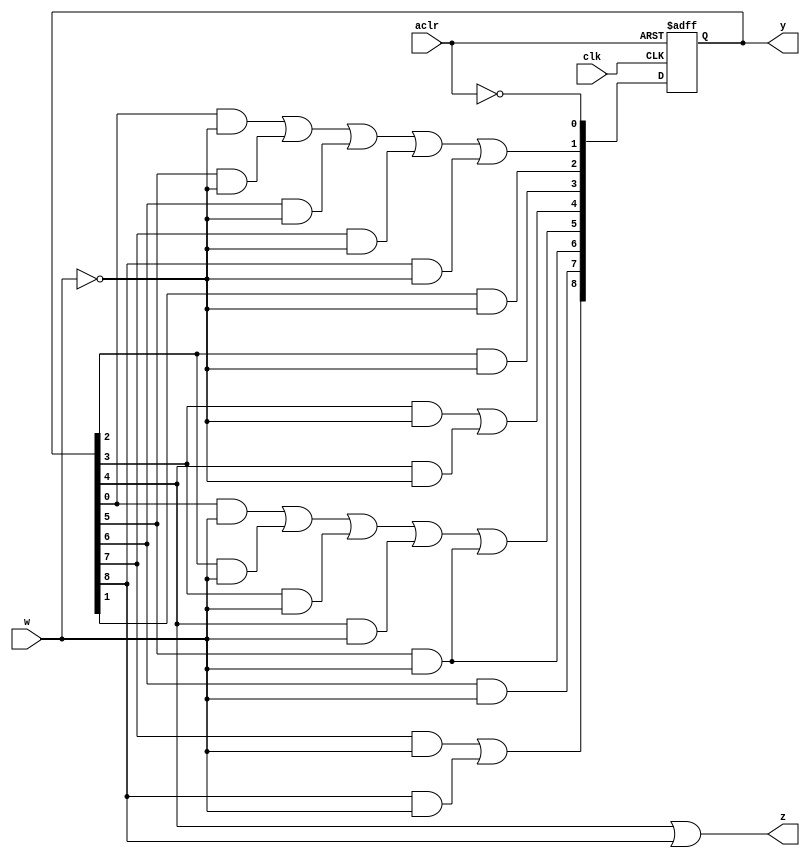
module FSM_lab7_part1a(
	input w,clk,aclr,
	output reg z,
	output reg [8:0] y);
	reg [8:0] d;
	always @(*) begin
	d[0] = ~aclr;
	d[1] = y[0] & ~w | y[5] & ~w | y[6] & ~w | y[7] & ~w | y[8] & ~w;
	d[2] = y[1] & ~w;
	d[3] = y[2] & ~w;
	d[4] = y[3] & ~w | y[4] & ~w;
	d[5] = y[0] & w | y[2] & w | y[3] & w | y[4] & w | y[5] & w;
	d[6] = y[5] & w;
	d[7] = y[6] & w;
	d[8] = y[7] & w | y[8] & w;
	end
	always @(*)
	z = y[4] | y[8];
	always @(posedge clk, negedge aclr)
	if (~aclr)
		begin y <= 0; y[0] <= 1'b1; end
	else y <= d;
endmodule 
module zad2(
	input [1:0] SW,
	input [1:0] KEY,
	output [9:0] LEDR);
	FSM_lab7_part1a ex(SW[1],KEY[0],SW[0],LEDR[9],LEDR[8:0]);
endmodule